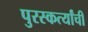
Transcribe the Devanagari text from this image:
पुरस्कर्त्यांची